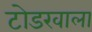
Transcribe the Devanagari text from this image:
टोडरवाला